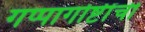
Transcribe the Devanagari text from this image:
गप्पागोष्टींची